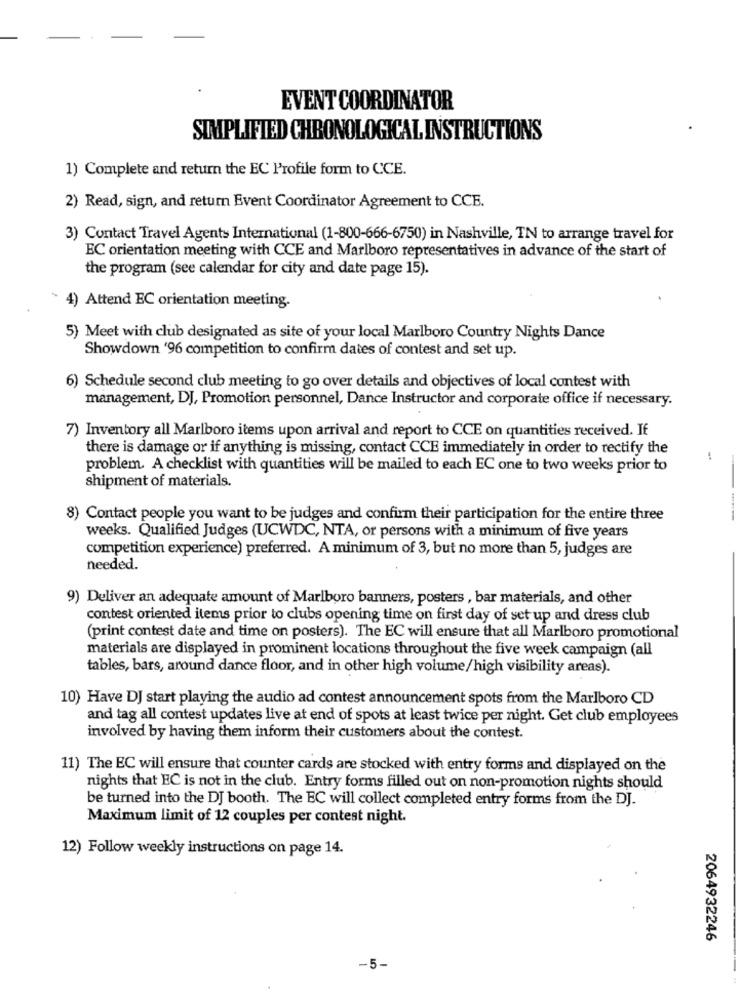
EVENT COORDINATOR
SIMPLIFIED CHRONOLOGICAL INSTRUCTIONS
1) Complete and return the EC Profile form to CCE.
2) Read, sign, and return Event Coordinator Agreement to CCE.
3) Contact Travel Agents International (1-800-666-6750) in Nashville, TN to arrange travel for
EC orientation meeting with CCE and Marlboro representatives in advance of the start of
the program (see calendar for city and date page 15).
4) Attend EC orientation meeting.
5) Meet with club designated as site of your local Marlboro Country Nights Dance
Showdown '96 competition to confirm dates of contest and set up.
6) Schedule second club meeting to go over details and objectives of local contest with
management, DJ, Promotion personnel, Dance Instructor and corporate office if necessary.
7) Inventory all Marlboro items upon arrival and report to CCE on quantities received. If
there is damage or if anything is missing, contact CCE immediately in order to rectify the
-
problem. A checklist with quantities will be mailed to each EC one to two weeks prior to
shipment of materials.
8) Contact people you want to be judges and confirm their participation for the entire three
weeks. Qualified Judges (UCWDC, NTA, or persons with a minimum of five years
competition experience) preferred. A minimum of 3, but no more than 5, judges are
needed.
9) Deliver an adequate amount of Marlboro banners, posters , bar materials, and other
contest oriented items prior to clubs opening time on first day of set up and dress club
(print contest date and time on posters). The EC will ensure that all Marlboro promotional
materials are displayed in prominent locations throughout the five week campaign (all
tables, bars, around dance floor, and in other high volume/high visibility areas).
10) Have DJ start playing the audio ad contest announcement spots from the Marlboro CD
and tag all contest updates live at end of spots at least twice per night. Get club employees
involved by having them inform their customers about the contest.
11) The EC will ensure that counter cards are stocked with entry forms and displayed on the
nights that EC is not in the club. Entry forms filled out on non-promotion nights should
be turned into the DJ booth. The EC will collect completed entry forms from the DJ.
Maximum limit of 12 couples per contest night.
12) Follow weekly instructions on page 14.
2064932246
-5-